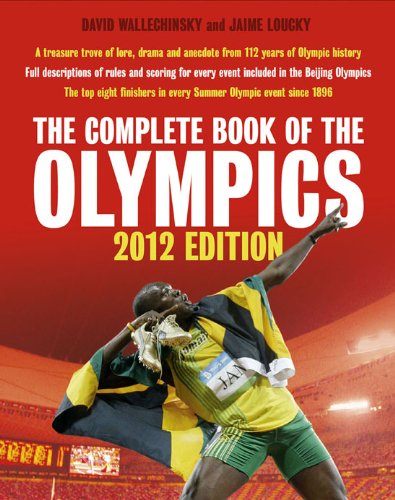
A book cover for The Complete Book of the Olympics: 2012 Edition; David Wallechinsky; Sports & Outdoors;